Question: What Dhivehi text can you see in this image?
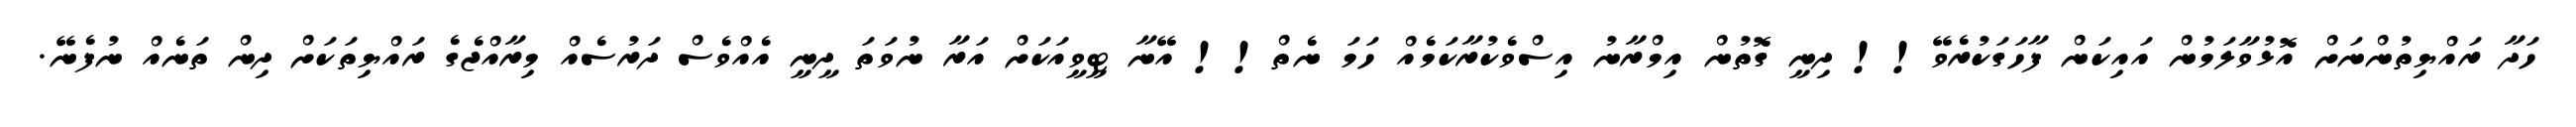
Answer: ހަދާ ރައްޔިތުންނަށް އޮޅުވާލަމުން އައިކަން ފާހަގަކުރެވޭ!! ދިނީ ގޮތުން އިމްރާނު އިސްވެކުރާކަމެއް ހަމަ ނެތް!! އޭނާ ޓީވީއަކަށް އަރާ ނުވަތަ ދީނީ އެއްވެސް ދަރުސެއް މިރާއްޖެގެ ރައްޔިތަކަށް ދިން ތަނެއް ނުފެނޭ.